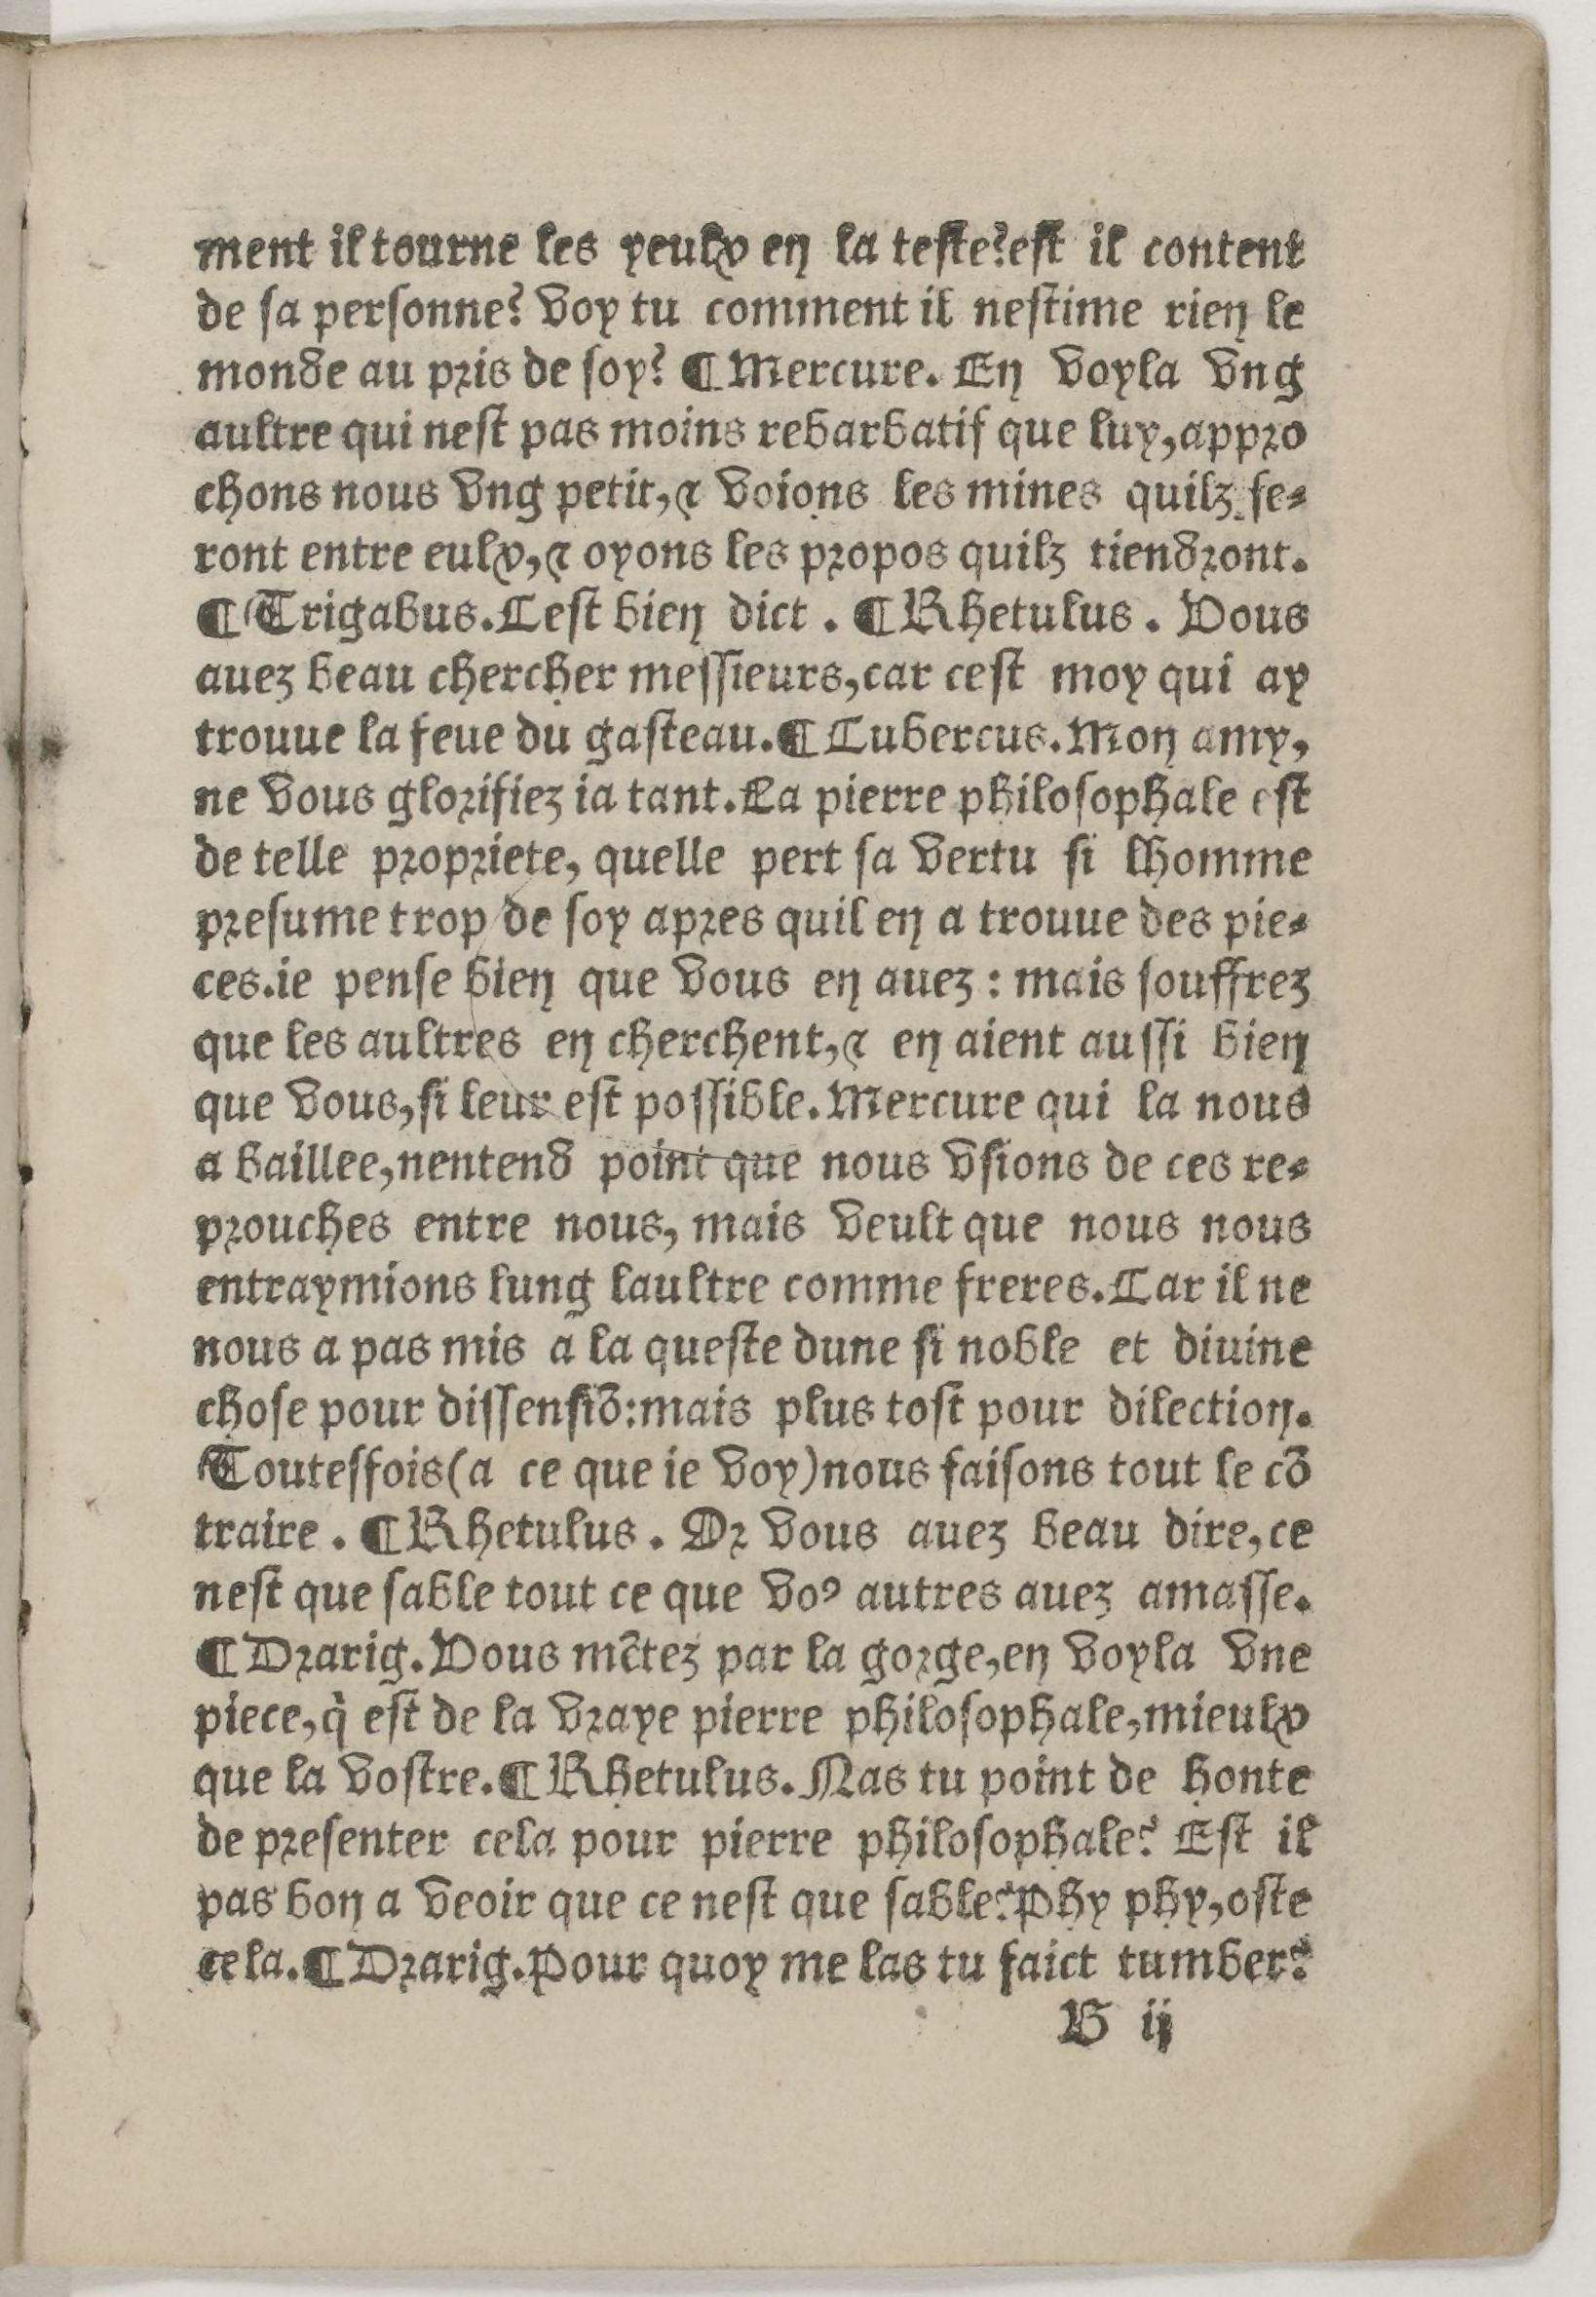
Shelfmark: Paris, BnF, Rés. Z-2442
Century: 16